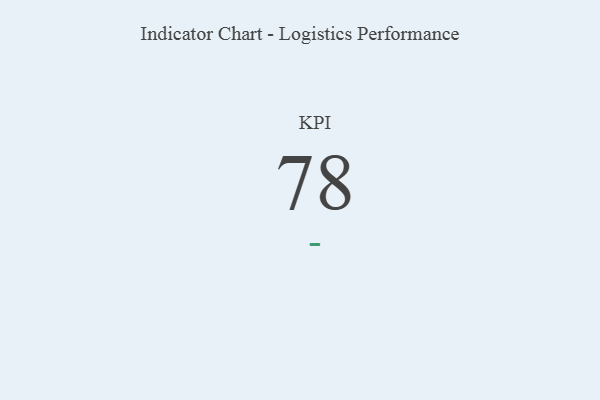
{"axis": {"x": "KPI", "y": "Value"}, "legend": [""], "data": [{"x": "KPI", "y": 78, "type": ""}]}